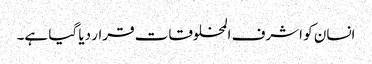
انسان کو اشرف المخلوقات قرار دیا گیا ہے۔